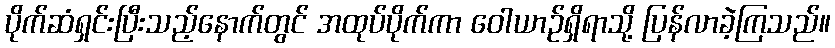
ပိုက်ဆံရှင်းပြီးသည့်နောက်တွင် အထုပ်ပိုက်ကာ ဝေါယာဉ်ရှိရာသို့ ပြန်လာခဲ့ကြသည်။